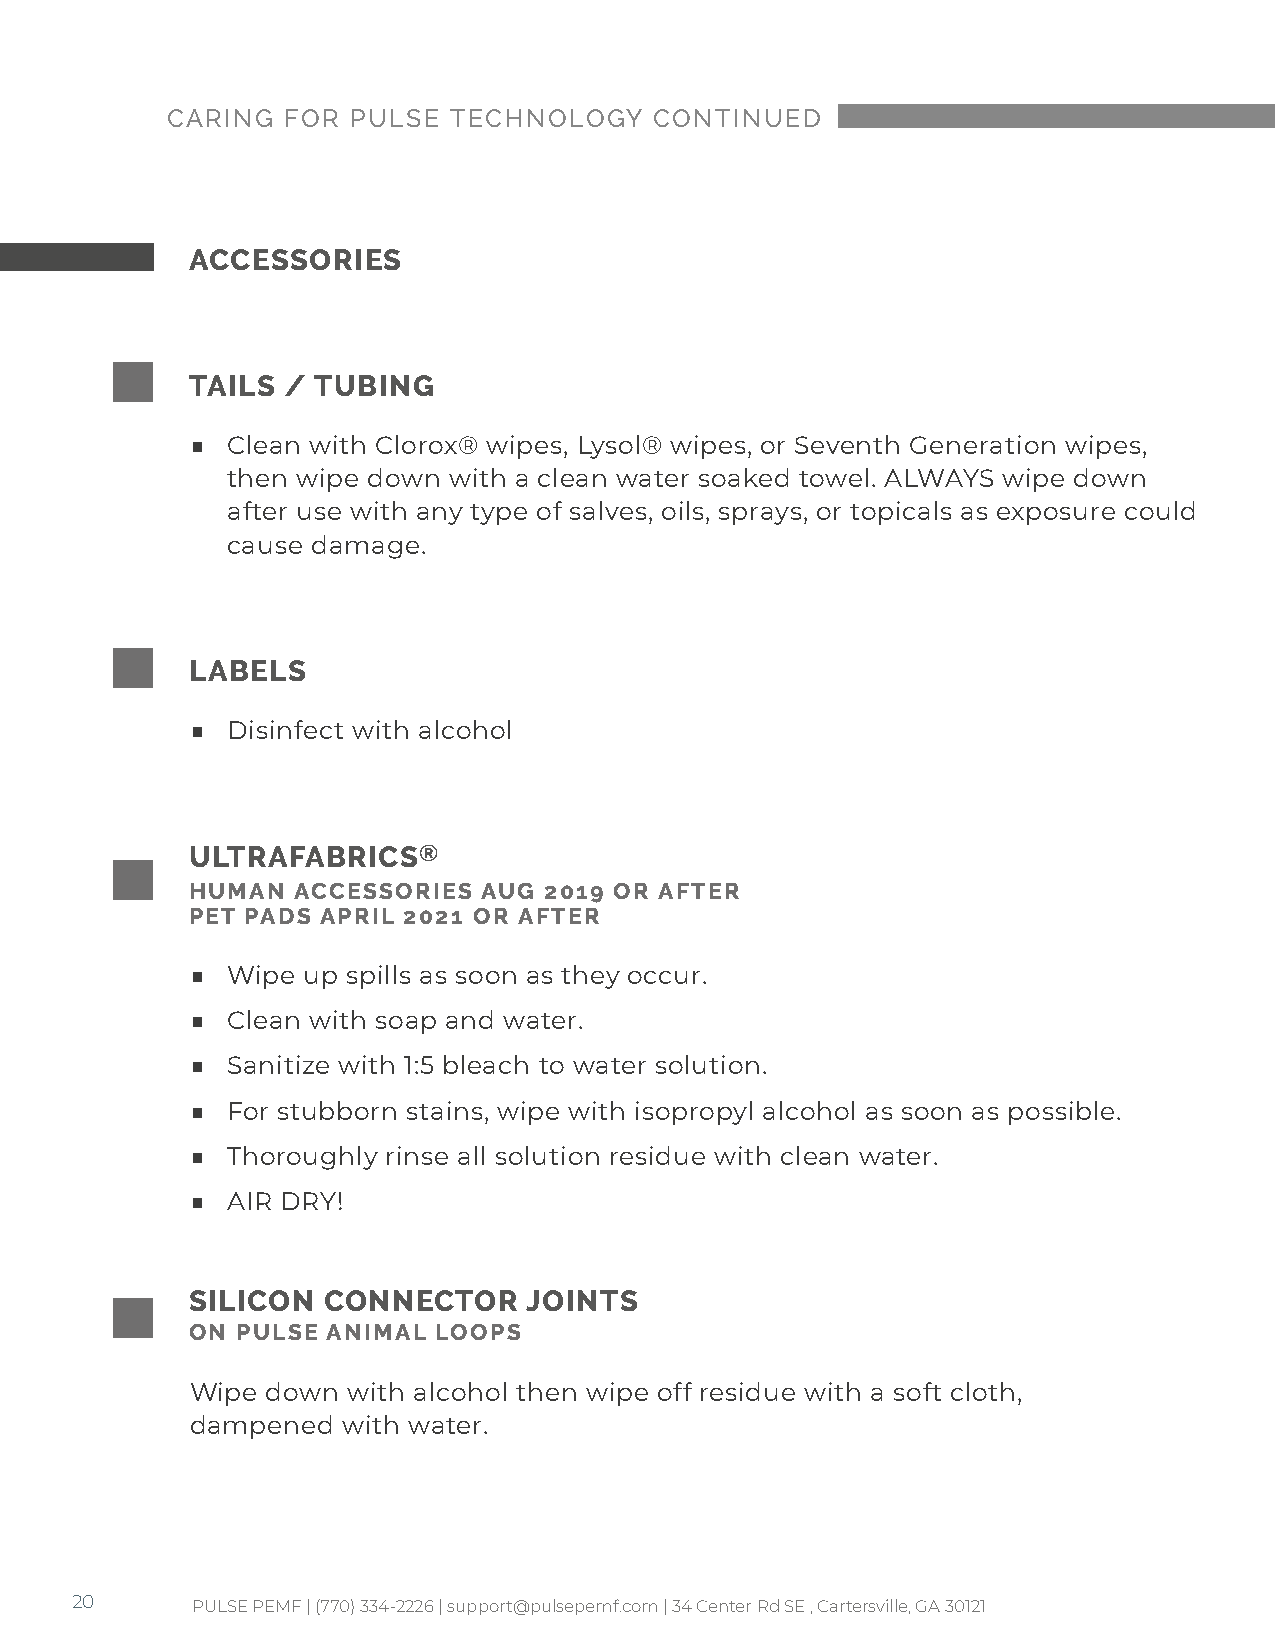
CARING  FOR PULSE  TECHNOLOGY   CONTINUED
 ACCESSORIES
 TAILS / TUBING
 ■ Clean with Clorox® wipes, Lysol® wipes, or Seventh Generation wipes,
 then wipe down with a clean water soaked towel. ALWAYS wipe down
 after use with any type of salves, oils, sprays, or topicals as exposure could
 cause damage.
 LABELS
 ■ Disinfect with alcohol
 ULTRAFABRICS®
 HUMAN ACCESSORIES  AUG 2019 OR AFTER
 PET PADS APRIL 2021 OR AFTER
 ■ Wipe up spills as soon as they occur.
 ■ Clean with soap and water.
 ■ Sanitize with 1:5 bleach to water solution.
 ■ For stubborn stains, wipe with isopropyl alcohol as soon as possible.
 ■ Thoroughly rinse all solution residue with clean water.
 ■ AIR DRY!
 SILICON CONNECTOR     JOINTS
 ON PULSE ANIMAL LOOPS
 Wipe down with alcohol then wipe off residue with a soft cloth,
 dampened  with water.
 20      PULSE PEMF | (770) 334-2226 | support@pulsepemf.com | 34 Center Rd SE , Cartersville, GA 30121